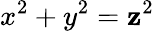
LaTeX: x^{2}+y^{2}=\mathbf{z}^{2}